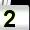
Digit: 2